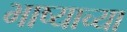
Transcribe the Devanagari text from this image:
भाष्याच्या